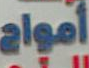
أمواج